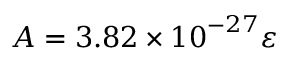
A = 3 . 8 2 \times { 1 0 } ^ { - 2 7 } \varepsilon